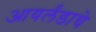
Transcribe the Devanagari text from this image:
आयर्लंडाचे